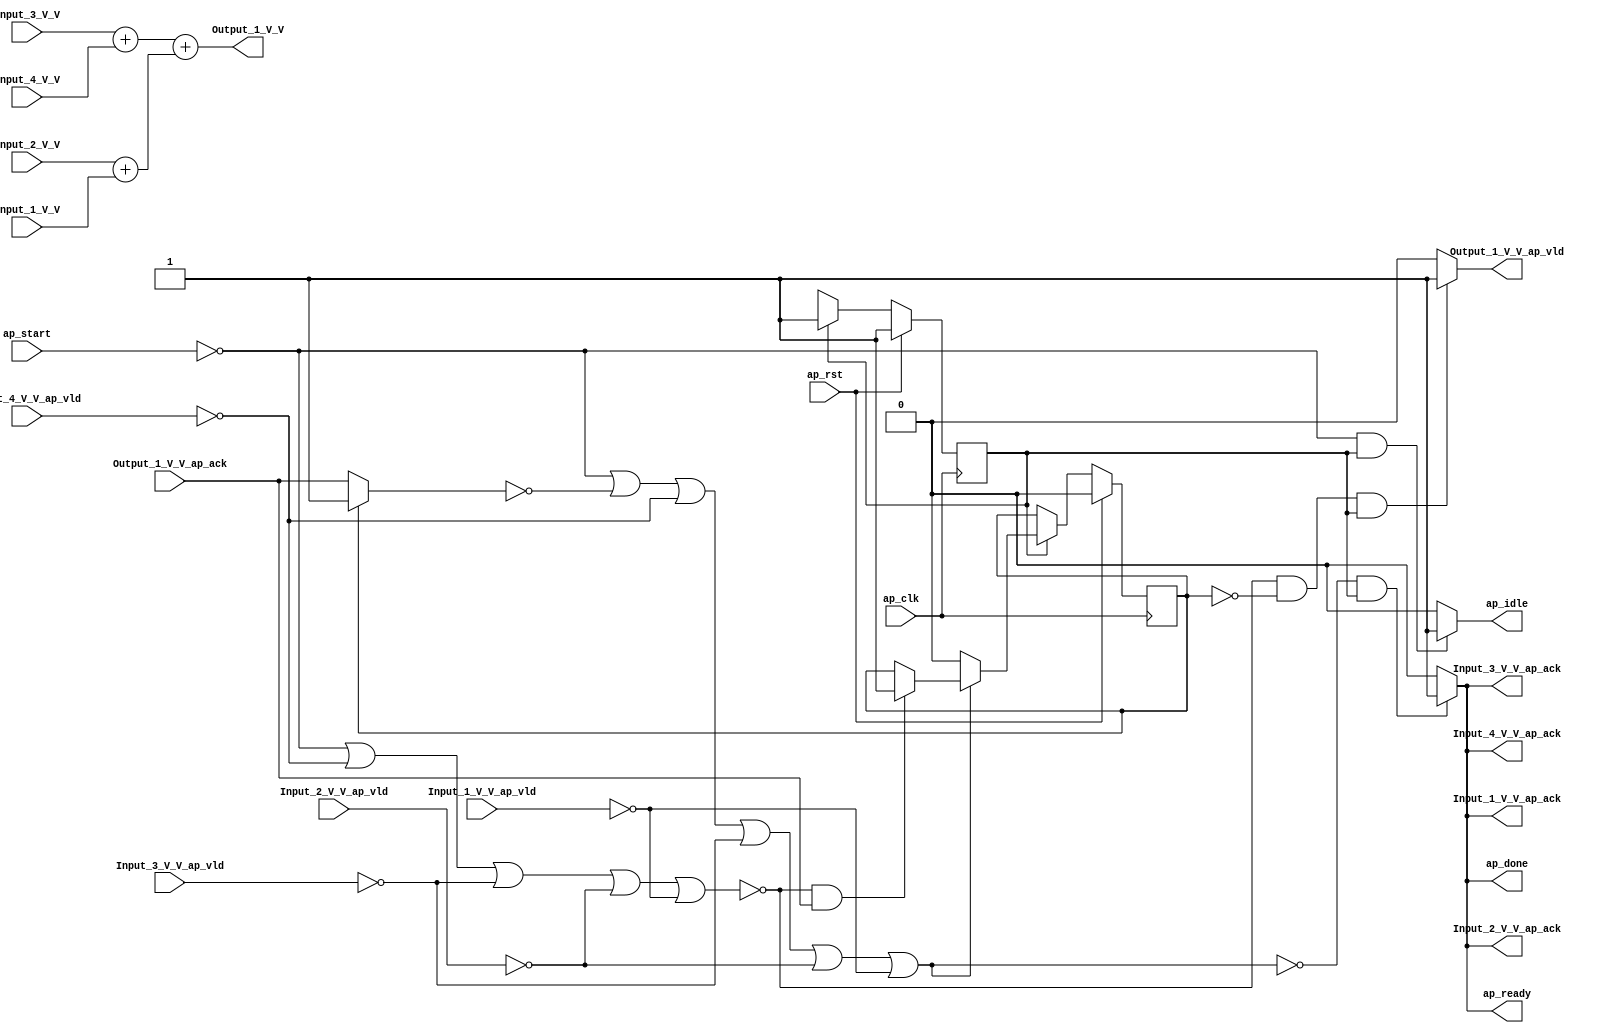
// ==============================================================
// RTL generated by Vivado(TM) HLS - High-Level Synthesis from C, C++ and SystemC
// Version: 2018.2
// Copyright (C) 1986-2018 Xilinx, Inc. All Rights Reserved.
// 
// ===========================================================

`timescale 1 ns / 1 ps 

(* CORE_GENERATION_INFO="add_4_1_1,hls_ip_2018_2,{HLS_INPUT_TYPE=cxx,HLS_INPUT_FLOAT=0,HLS_INPUT_FIXED=1,HLS_INPUT_PART=xczu9eg-ffvb1156-2-i,HLS_INPUT_CLOCK=5.000000,HLS_INPUT_ARCH=others,HLS_SYN_CLOCK=1.747000,HLS_SYN_LAT=0,HLS_SYN_TPT=none,HLS_SYN_MEM=0,HLS_SYN_DSP=0,HLS_SYN_FF=2,HLS_SYN_LUT=161,HLS_VERSION=2018_2}" *)

module add_4_1_1 (
        ap_clk,
        ap_rst,
        ap_start,
        ap_done,
        ap_idle,
        ap_ready,
        Input_1_V_V,
        Input_1_V_V_ap_vld,
        Input_1_V_V_ap_ack,
        Input_2_V_V,
        Input_2_V_V_ap_vld,
        Input_2_V_V_ap_ack,
        Input_3_V_V,
        Input_3_V_V_ap_vld,
        Input_3_V_V_ap_ack,
        Input_4_V_V,
        Input_4_V_V_ap_vld,
        Input_4_V_V_ap_ack,
        Output_1_V_V,
        Output_1_V_V_ap_vld,
        Output_1_V_V_ap_ack
);

parameter    ap_ST_fsm_state1 = 1'd1;

input   ap_clk;
input   ap_rst;
input   ap_start;
output   ap_done;
output   ap_idle;
output   ap_ready;
input  [31:0] Input_1_V_V;
input   Input_1_V_V_ap_vld;
output   Input_1_V_V_ap_ack;
input  [31:0] Input_2_V_V;
input   Input_2_V_V_ap_vld;
output   Input_2_V_V_ap_ack;
input  [31:0] Input_3_V_V;
input   Input_3_V_V_ap_vld;
output   Input_3_V_V_ap_ack;
input  [31:0] Input_4_V_V;
input   Input_4_V_V_ap_vld;
output   Input_4_V_V_ap_ack;
output  [31:0] Output_1_V_V;
output   Output_1_V_V_ap_vld;
input   Output_1_V_V_ap_ack;

reg ap_done;
reg ap_idle;
reg ap_ready;
reg Input_1_V_V_ap_ack;
reg Input_2_V_V_ap_ack;
reg Input_3_V_V_ap_ack;
reg Input_4_V_V_ap_ack;
reg Output_1_V_V_ap_vld;

(* fsm_encoding = "none" *) reg   [0:0] ap_CS_fsm;
wire    ap_CS_fsm_state1;
reg    Input_1_V_V_blk_n;
reg    Input_2_V_V_blk_n;
reg    Input_3_V_V_blk_n;
reg    Input_4_V_V_blk_n;
reg    Output_1_V_V_blk_n;
reg    ap_block_state1;
reg    ap_sig_ioackin_Output_1_V_V_ap_ack;
reg    ap_reg_ioackin_Output_1_V_V_ap_ack;
wire   [31:0] tmp1_fu_65_p2;
wire   [31:0] tmp_fu_59_p2;
reg   [0:0] ap_NS_fsm;
reg    ap_condition_87;
reg    ap_condition_54;

// power-on initialization
initial begin
#0 ap_CS_fsm = 1'd1;
#0 ap_reg_ioackin_Output_1_V_V_ap_ack = 1'b0;
end

always @ (posedge ap_clk) begin
    if (ap_rst == 1'b1) begin
        ap_CS_fsm <= ap_ST_fsm_state1;
    end else begin
        ap_CS_fsm <= ap_NS_fsm;
    end
end

always @ (posedge ap_clk) begin
    if (ap_rst == 1'b1) begin
        ap_reg_ioackin_Output_1_V_V_ap_ack <= 1'b0;
    end else begin
        if ((1'b1 == ap_CS_fsm_state1)) begin
            if ((1'b1 == ap_condition_54)) begin
                ap_reg_ioackin_Output_1_V_V_ap_ack <= 1'b0;
            end else if ((1'b1 == ap_condition_87)) begin
                ap_reg_ioackin_Output_1_V_V_ap_ack <= 1'b1;
            end
        end
    end
end

always @ (*) begin
    if ((~((ap_start == 1'b0) | (ap_sig_ioackin_Output_1_V_V_ap_ack == 1'b0) | (1'b0 == Input_4_V_V_ap_vld) | (1'b0 == Input_3_V_V_ap_vld) | (1'b0 == Input_2_V_V_ap_vld) | (1'b0 == Input_1_V_V_ap_vld)) & (1'b1 == ap_CS_fsm_state1))) begin
        Input_1_V_V_ap_ack = 1'b1;
    end else begin
        Input_1_V_V_ap_ack = 1'b0;
    end
end

always @ (*) begin
    if ((1'b1 == ap_CS_fsm_state1)) begin
        Input_1_V_V_blk_n = Input_1_V_V_ap_vld;
    end else begin
        Input_1_V_V_blk_n = 1'b1;
    end
end

always @ (*) begin
    if ((~((ap_start == 1'b0) | (ap_sig_ioackin_Output_1_V_V_ap_ack == 1'b0) | (1'b0 == Input_4_V_V_ap_vld) | (1'b0 == Input_3_V_V_ap_vld) | (1'b0 == Input_2_V_V_ap_vld) | (1'b0 == Input_1_V_V_ap_vld)) & (1'b1 == ap_CS_fsm_state1))) begin
        Input_2_V_V_ap_ack = 1'b1;
    end else begin
        Input_2_V_V_ap_ack = 1'b0;
    end
end

always @ (*) begin
    if ((1'b1 == ap_CS_fsm_state1)) begin
        Input_2_V_V_blk_n = Input_2_V_V_ap_vld;
    end else begin
        Input_2_V_V_blk_n = 1'b1;
    end
end

always @ (*) begin
    if ((~((ap_start == 1'b0) | (ap_sig_ioackin_Output_1_V_V_ap_ack == 1'b0) | (1'b0 == Input_4_V_V_ap_vld) | (1'b0 == Input_3_V_V_ap_vld) | (1'b0 == Input_2_V_V_ap_vld) | (1'b0 == Input_1_V_V_ap_vld)) & (1'b1 == ap_CS_fsm_state1))) begin
        Input_3_V_V_ap_ack = 1'b1;
    end else begin
        Input_3_V_V_ap_ack = 1'b0;
    end
end

always @ (*) begin
    if ((1'b1 == ap_CS_fsm_state1)) begin
        Input_3_V_V_blk_n = Input_3_V_V_ap_vld;
    end else begin
        Input_3_V_V_blk_n = 1'b1;
    end
end

always @ (*) begin
    if ((~((ap_start == 1'b0) | (ap_sig_ioackin_Output_1_V_V_ap_ack == 1'b0) | (1'b0 == Input_4_V_V_ap_vld) | (1'b0 == Input_3_V_V_ap_vld) | (1'b0 == Input_2_V_V_ap_vld) | (1'b0 == Input_1_V_V_ap_vld)) & (1'b1 == ap_CS_fsm_state1))) begin
        Input_4_V_V_ap_ack = 1'b1;
    end else begin
        Input_4_V_V_ap_ack = 1'b0;
    end
end

always @ (*) begin
    if ((1'b1 == ap_CS_fsm_state1)) begin
        Input_4_V_V_blk_n = Input_4_V_V_ap_vld;
    end else begin
        Input_4_V_V_blk_n = 1'b1;
    end
end

always @ (*) begin
    if ((~((ap_start == 1'b0) | (1'b0 == Input_4_V_V_ap_vld) | (1'b0 == Input_3_V_V_ap_vld) | (1'b0 == Input_2_V_V_ap_vld) | (1'b0 == Input_1_V_V_ap_vld)) & (ap_reg_ioackin_Output_1_V_V_ap_ack == 1'b0) & (1'b1 == ap_CS_fsm_state1))) begin
        Output_1_V_V_ap_vld = 1'b1;
    end else begin
        Output_1_V_V_ap_vld = 1'b0;
    end
end

always @ (*) begin
    if ((1'b1 == ap_CS_fsm_state1)) begin
        Output_1_V_V_blk_n = Output_1_V_V_ap_ack;
    end else begin
        Output_1_V_V_blk_n = 1'b1;
    end
end

always @ (*) begin
    if ((~((ap_start == 1'b0) | (ap_sig_ioackin_Output_1_V_V_ap_ack == 1'b0) | (1'b0 == Input_4_V_V_ap_vld) | (1'b0 == Input_3_V_V_ap_vld) | (1'b0 == Input_2_V_V_ap_vld) | (1'b0 == Input_1_V_V_ap_vld)) & (1'b1 == ap_CS_fsm_state1))) begin
        ap_done = 1'b1;
    end else begin
        ap_done = 1'b0;
    end
end

always @ (*) begin
    if (((ap_start == 1'b0) & (1'b1 == ap_CS_fsm_state1))) begin
        ap_idle = 1'b1;
    end else begin
        ap_idle = 1'b0;
    end
end

always @ (*) begin
    if ((~((ap_start == 1'b0) | (ap_sig_ioackin_Output_1_V_V_ap_ack == 1'b0) | (1'b0 == Input_4_V_V_ap_vld) | (1'b0 == Input_3_V_V_ap_vld) | (1'b0 == Input_2_V_V_ap_vld) | (1'b0 == Input_1_V_V_ap_vld)) & (1'b1 == ap_CS_fsm_state1))) begin
        ap_ready = 1'b1;
    end else begin
        ap_ready = 1'b0;
    end
end

always @ (*) begin
    if ((ap_reg_ioackin_Output_1_V_V_ap_ack == 1'b0)) begin
        ap_sig_ioackin_Output_1_V_V_ap_ack = Output_1_V_V_ap_ack;
    end else begin
        ap_sig_ioackin_Output_1_V_V_ap_ack = 1'b1;
    end
end

always @ (*) begin
    case (ap_CS_fsm)
        ap_ST_fsm_state1 : begin
            ap_NS_fsm = ap_ST_fsm_state1;
        end
        default : begin
            ap_NS_fsm = 'bx;
        end
    endcase
end

assign Output_1_V_V = (tmp1_fu_65_p2 + tmp_fu_59_p2);

assign ap_CS_fsm_state1 = ap_CS_fsm[32'd0];

always @ (*) begin
    ap_block_state1 = ((ap_start == 1'b0) | (1'b0 == Input_4_V_V_ap_vld) | (1'b0 == Input_3_V_V_ap_vld) | (1'b0 == Input_2_V_V_ap_vld) | (1'b0 == Input_1_V_V_ap_vld));
end

always @ (*) begin
    ap_condition_54 = ~((ap_start == 1'b0) | (ap_sig_ioackin_Output_1_V_V_ap_ack == 1'b0) | (1'b0 == Input_4_V_V_ap_vld) | (1'b0 == Input_3_V_V_ap_vld) | (1'b0 == Input_2_V_V_ap_vld) | (1'b0 == Input_1_V_V_ap_vld));
end

always @ (*) begin
    ap_condition_87 = (~((ap_start == 1'b0) | (1'b0 == Input_4_V_V_ap_vld) | (1'b0 == Input_3_V_V_ap_vld) | (1'b0 == Input_2_V_V_ap_vld) | (1'b0 == Input_1_V_V_ap_vld)) & (1'b1 == Output_1_V_V_ap_ack));
end

assign tmp1_fu_65_p2 = (Input_3_V_V + Input_4_V_V);

assign tmp_fu_59_p2 = (Input_2_V_V + Input_1_V_V);

endmodule //add_4_1_1